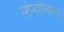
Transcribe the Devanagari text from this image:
सोमशेखरन्